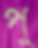
পু